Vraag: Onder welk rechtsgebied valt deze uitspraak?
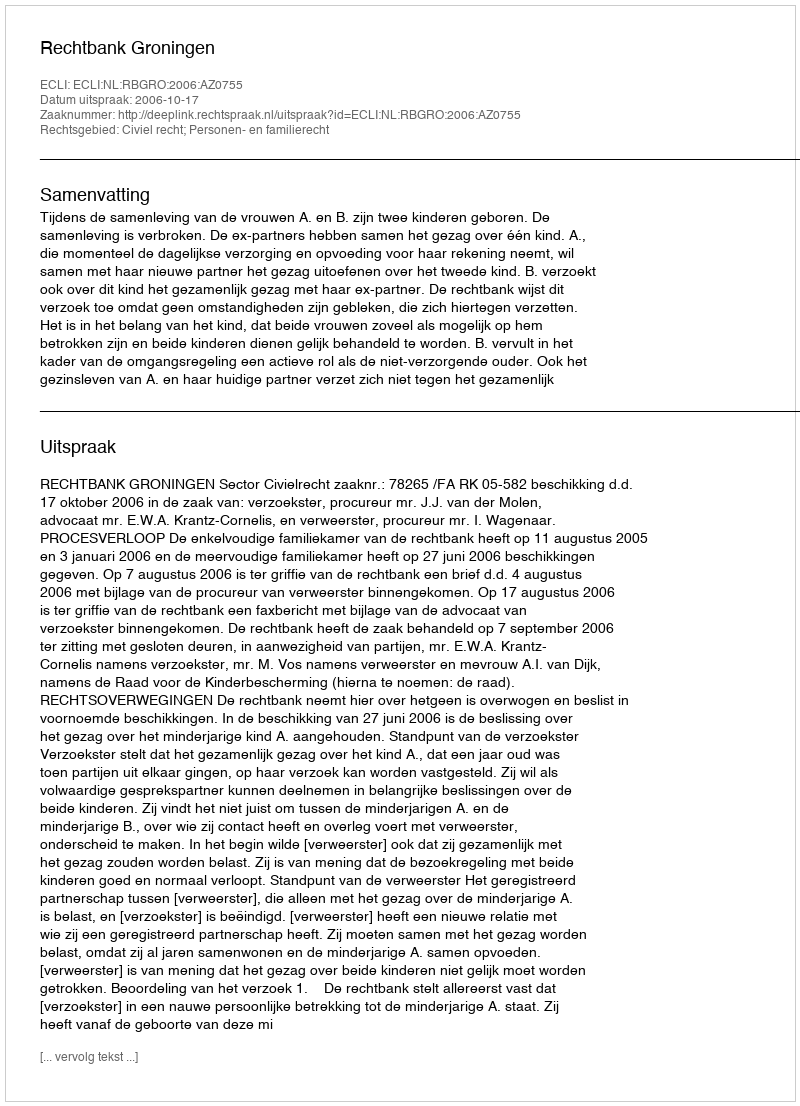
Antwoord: Civiel recht; Personen- en familierecht